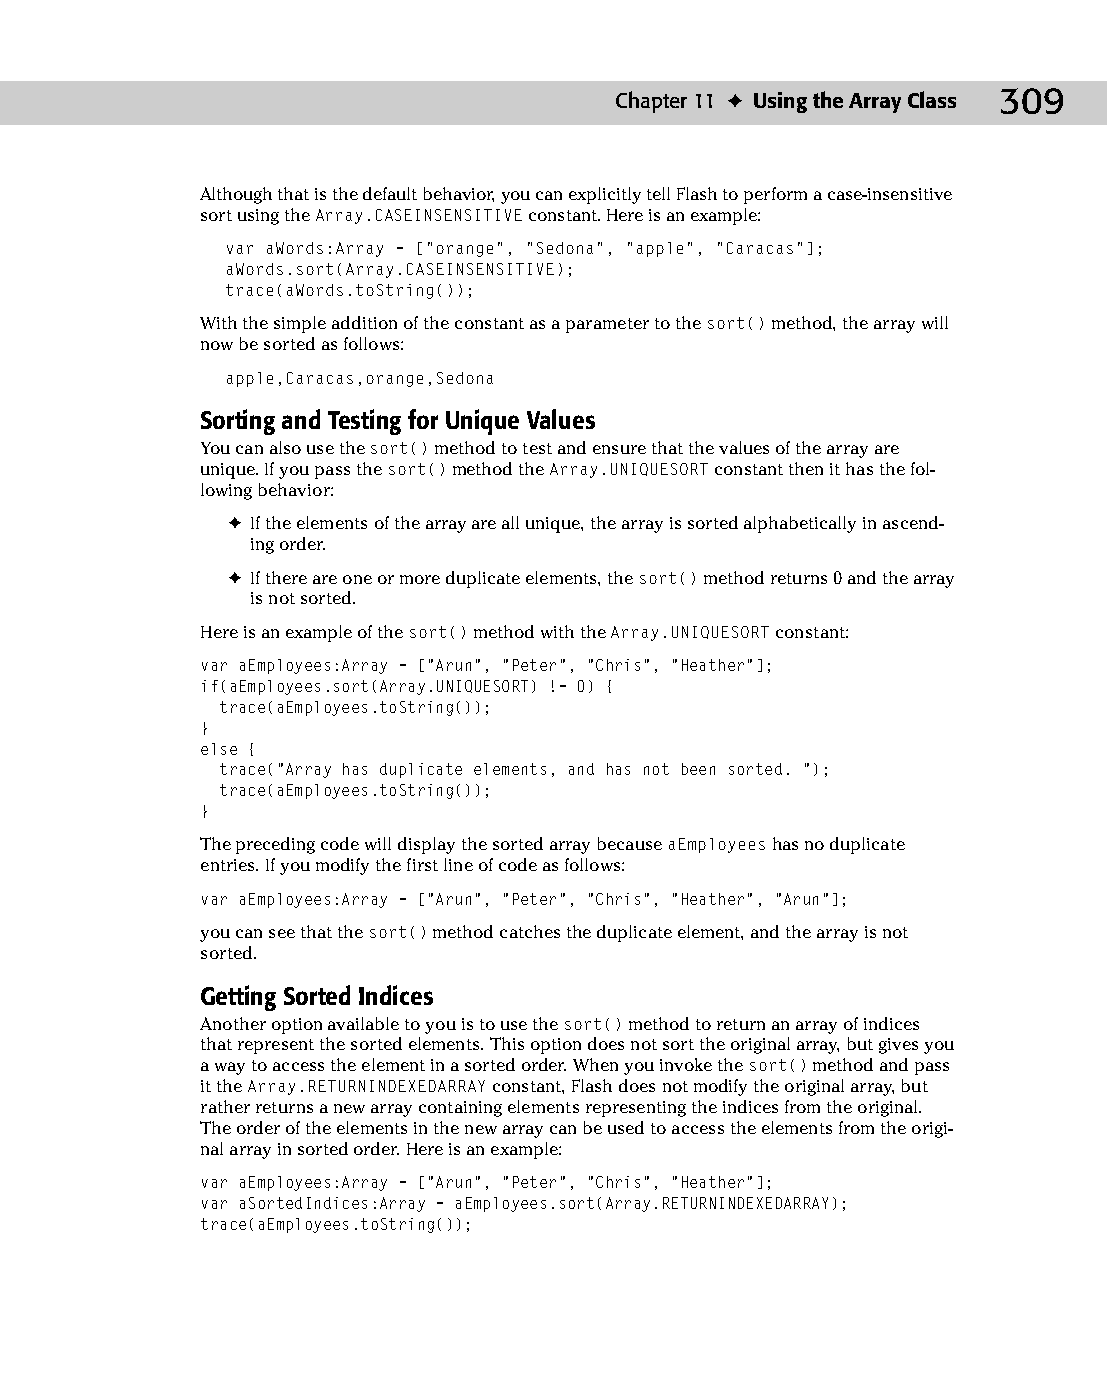
16 543547 ch11.qxd 3/24/04 3:48 PM Page 309
 Chapter 11 ✦ Using the Array Class 309
 Although that is the default behavior, you can explicitly tell Flash to perform a case-insensitive
 sort using the Array.CASEINSENSITIVE constant. Here is an example:
 var aWords:Array = [“orange”, “Sedona”, “apple”, “Caracas”];
 aWords.sort(Array.CASEINSENSITIVE);
 trace(aWords.toString());
 With the simple addition of the constant as a parameter to the sort() method, the array will
 now be sorted as follows:
 apple,Caracas,orange,Sedona
 Sorting and Testing for Unique Values
 You can also use the sort() method to test and ensure that the values of the array are
 unique. If you pass the sort() method the Array.UNIQUESORT constant then it has the fol­
 lowing behavior:
 ✦ If the elements of the array are all unique, the array is sorted alphabetically in ascend­
 ing order.
 ✦ If there are one or more duplicate elements, the sort() method returns 0 and the array
 is not sorted.
 Here is an example of the sort() method with the Array.UNIQUESORT constant:
 var aEmployees:Array = [“Arun”, “Peter”, “Chris”, “Heather”];
 if(aEmployees.sort(Array.UNIQUESORT) != 0) {
 trace(aEmployees.toString());
 }
 else {
 trace(“Array has duplicate elements, and has not been sorted. “);
 trace(aEmployees.toString());
 }
 The preceding code will display the sorted array because aEmployees has no duplicate
 entries. If you modify the first line of code as follows:
 var aEmployees:Array = [“Arun”, “Peter”, “Chris”, “Heather”, “Arun”];
 you can see that the sort() method catches the duplicate element, and the array is not
 sorted.
 Getting Sorted Indices
 Another option available to you is to use the sort() method to return an array of indices
 that represent the sorted elements. This option does not sort the original array, but gives you
 a way to access the element in a sorted order. When you invoke the sort() method and pass
 it the Array.RETURNINDEXEDARRAY constant, Flash does not modify the original array, but
 rather returns a new array containing elements representing the indices from the original.
 The order of the elements in the new array can be used to access the elements from the origi­
 nal array in sorted order. Here is an example:
 var aEmployees:Array = [“Arun”, “Peter”, “Chris”, “Heather”];
 var aSortedIndices:Array = aEmployees.sort(Array.RETURNINDEXEDARRAY);
 trace(aEmployees.toString());